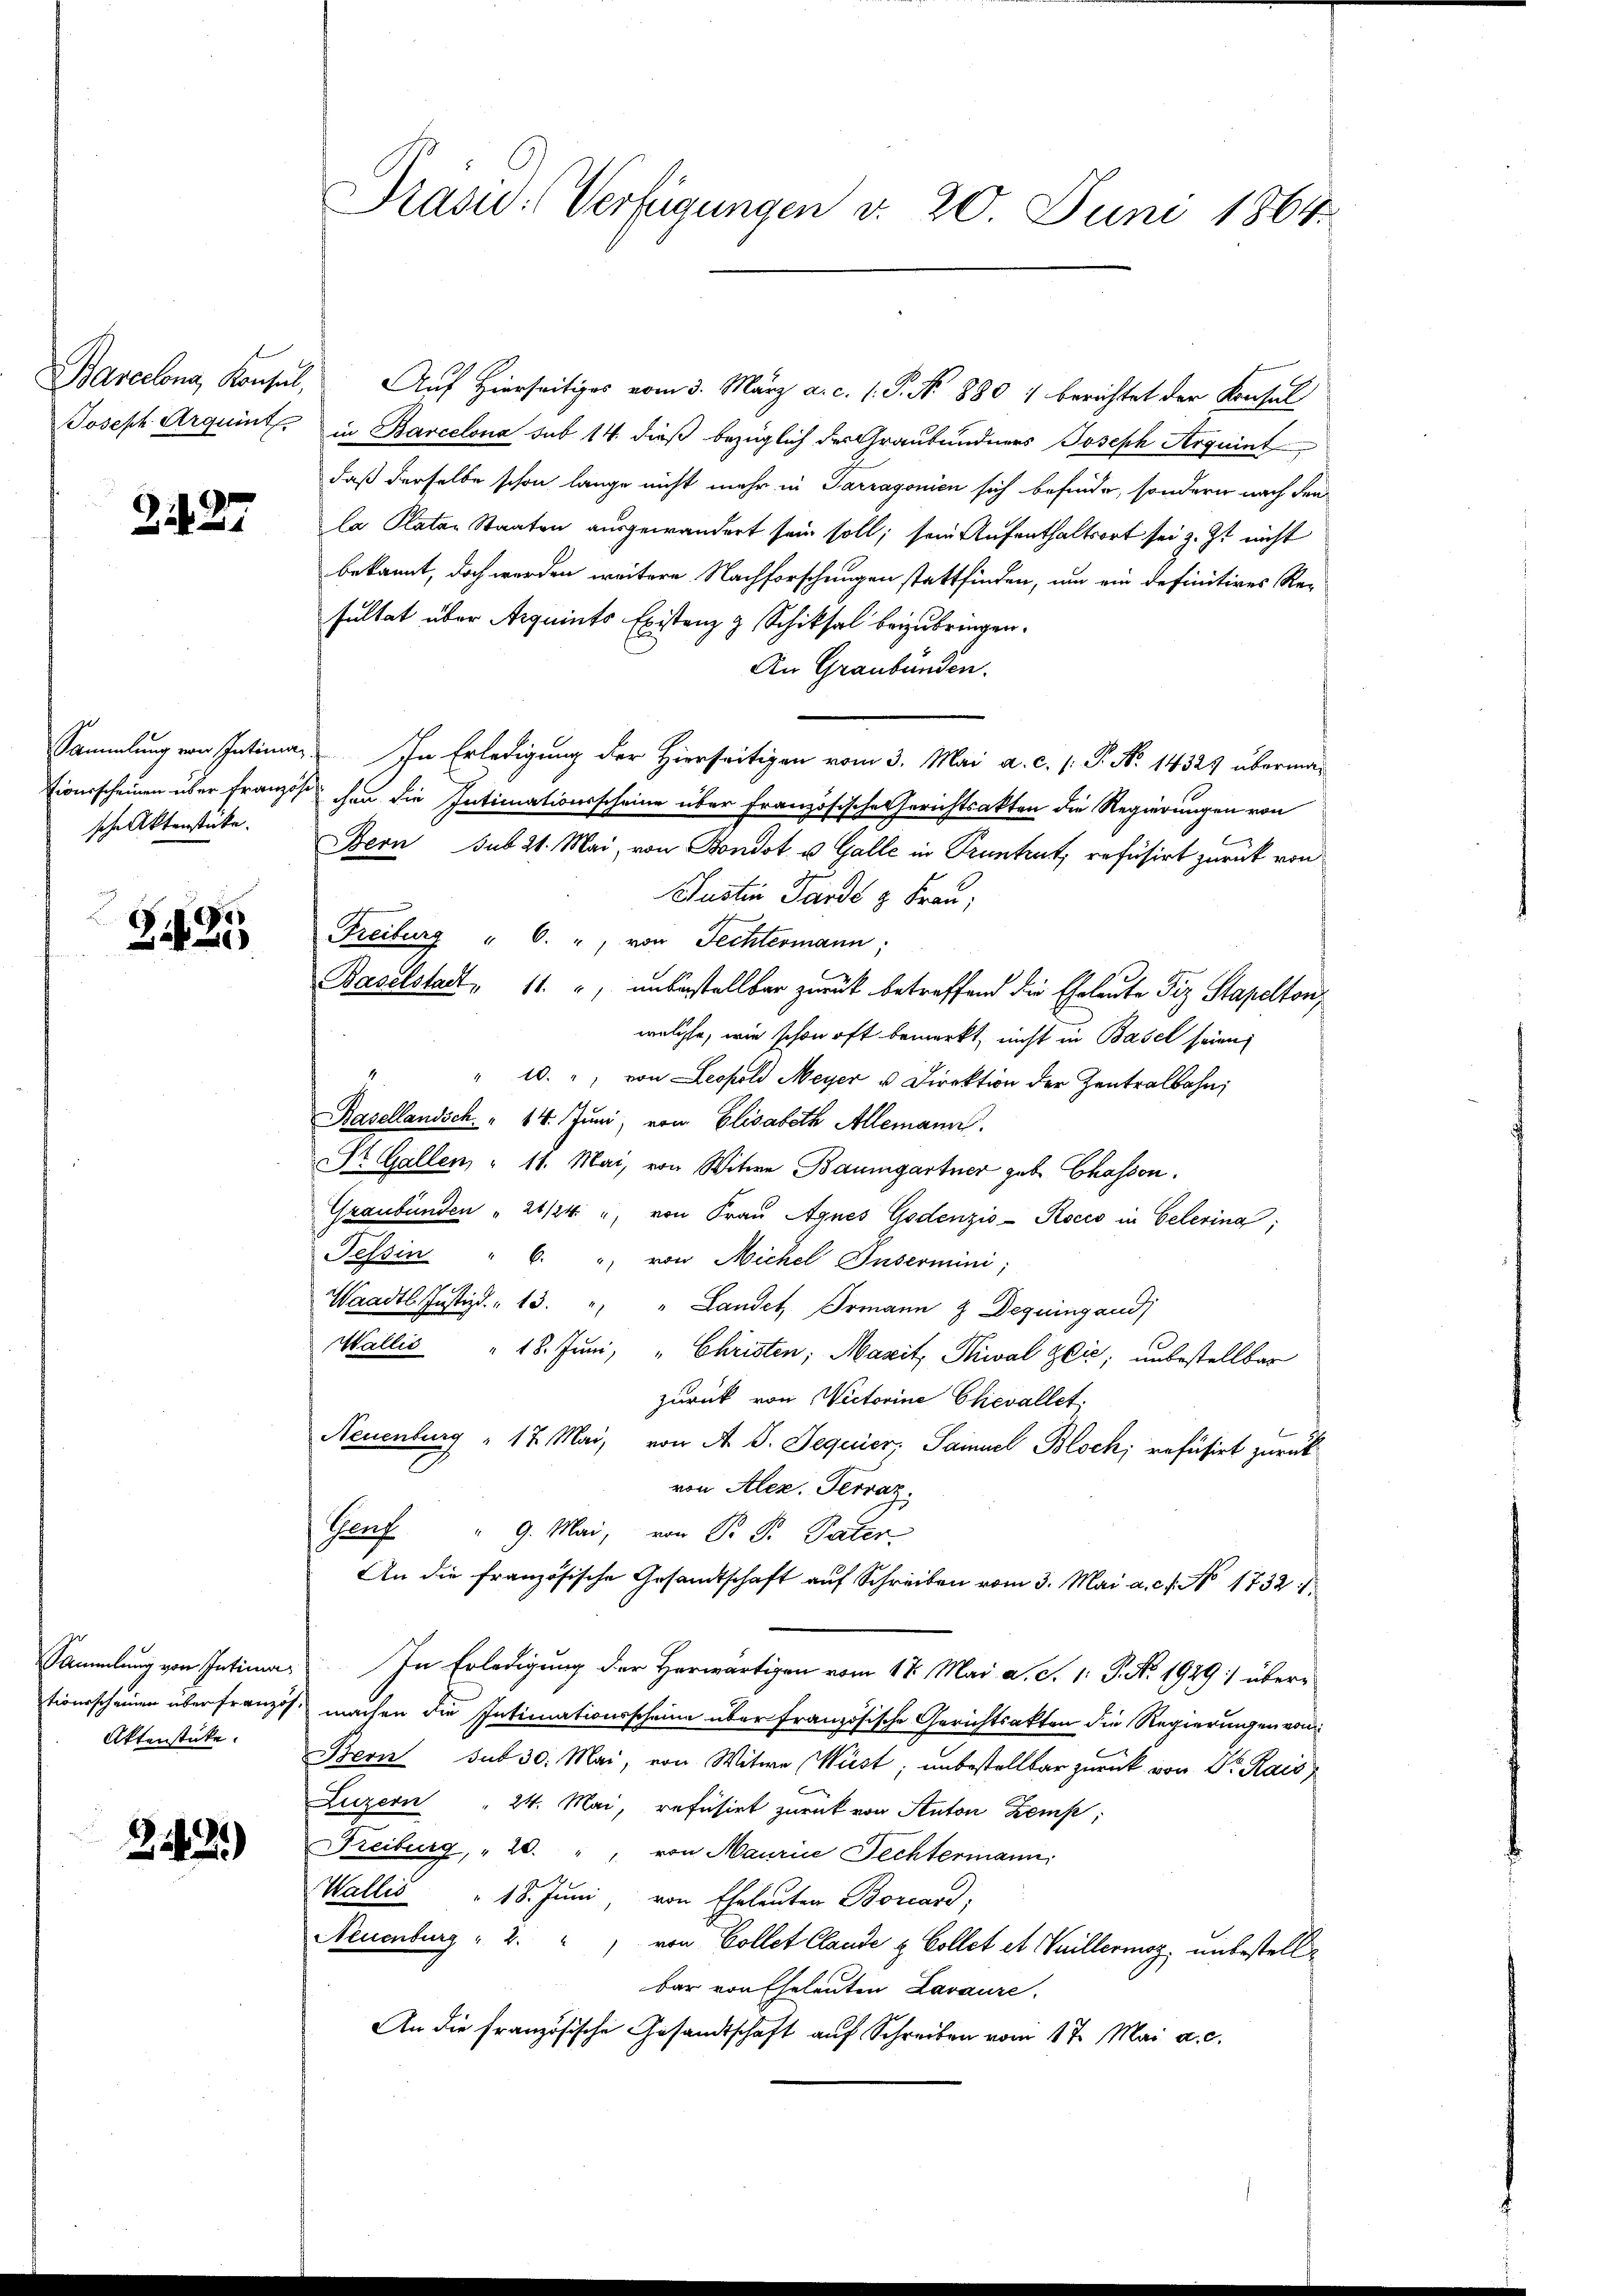
Joseph Arquint

21427.

Sammlung von Intimationsscheinen über französ
sche Aktenstücke.

Zif. 25

Sammlung von Intimationsscheinen über franzo
Aktenstücke.

21. 2.)

Prasid-Verfügungen d. 20. Juni 1864.

Barcelona, Konsul, Auf Hierseitiges vom 3. März a. c. 1. P. No. 1880 & berichtet der Konsul
in Barcelona sub 14. dieß bezüglich der Graubündners Joseph Arquint
daß derselbe schon lange nicht mehr in Sarragonien sich befinde, sondern nach den
la Platen Staaten ausgewandert sein soll, sein Aufenthaltsort sei z. Zt. nicht
bekannt, doch werden weitere Nachforschungen stattfinden, um ein definitives Re-
sultat über Acquints Existenz & Schiksal beizubringen.
An Graubünden.
In Erledigung der Hierseitigen vom 3. Mai a. c. (: P. No 1432 übermachen die Intimationsscheine über Französische Gerichtsakten die Regierungen von
Bern sub 21. Mai, von Bondot u. Galle in Pruntrut, refüsirt zurück von
Justin Garde & Frau,
Freiburg " 6. ", von Fechtermann;
Baselstadt, 11. ", unbestellbar zurück betreffend die Eheleute Fitz Stapelton,
welche, wie schon oft bemerkt, nicht in Basel seien
" 10. " von Leopold Meyer u Direktion der Zentralbahn,
Basellandsch " 14. Juni, von Elisabeth Allemann.
St. Gallen, " 11. Mai, von Witwe Baumgartner gabe Chasson.
Graubünden " 21/24 u. von Fraŭ Agnes Godenzio-Rocco in Oelerina,
Tessin " 6. " von Michel Insermini;
Waadt Justizd. " 13. " " Landet, Ormann & Dequingandi
Wallis " 18. Juni, " Christen; Maxit, Thal Zlić, unbestellbar
zurück von Victorine Clievallet,
Neuenburg " 17. Mai, von A. S. Sequier, Sainuel Bloch; refüsirt zurück
von Alez. Terraz.
Genf " 9. Mai, von P. P. Pater-
An die französische Gesandtschaft auf Schreiben vom 3. Mai a. c. No. 1732 1
In Erledigung der Horwärtigen vom 17. Mai d. S. 1: P. Nr. 1929 :/ übermachen die Intimationsscheine über französische Gerichtsakten die Regierungen von
Bern sub 30. Mai, von Witwe (Wüst; unbestellbar zurück von Dr. Kais
Luzern " 24. Mai, refüsirt zurück von Anton Zemp;
Freiburg, " 20. " " von Maurice Fechtermann
Wallis " 18. Juni, von Eheleuten Borcard,
Neuenburg  2. " " von Collet Claude & Collet et Vuillermoz, unbestellbar von Eheleuten Lavaure
An die Französische Gesandtschaft auf Schreiben vom 17. Mai a. c.